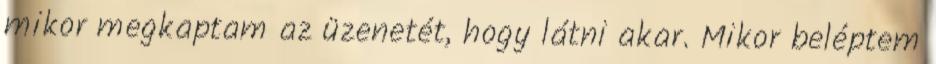
mikor megkaptam az üzenetét, hogy látni akar. Mikor beléptem